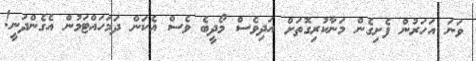
ވަނަ އަހަރުން ފެށިގެން މަނާކުރިގޮތަށް އަދިވެސް މޯދީބެ ވެސް އެކަން ދަމަހައްޓަމުން އެގެންދަނީ!